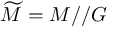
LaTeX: { \widetilde { M } } = M / / G